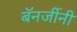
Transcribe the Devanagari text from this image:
बॅनर्जीनी